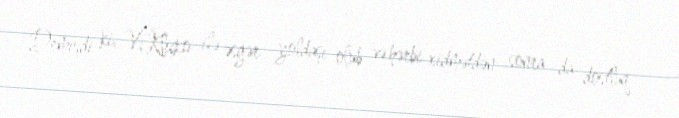
Demişdi ki, V.Kliçko ilə əsgər yoldaşı olub və hərbi xidmətdən sonra da dostluq